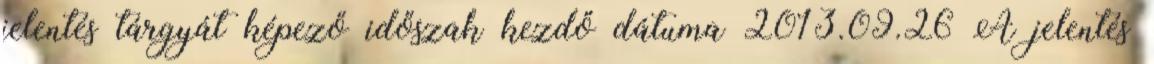
jelentés tárgyát képező időszak kezdő dátuma 2013.09.26 A jelentés